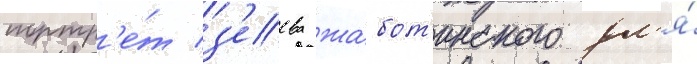
портр'е́т з'еева жабот'инского дл'я́